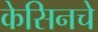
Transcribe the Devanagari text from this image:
केसिनचे